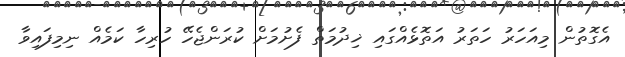
އެގޮތުން މިއަހަރު ހަތަރު އަތޮޅެއްގައި ޚިދުމަތް ފެށުމަށް ކުރަންޖެހޭ ހުރިހާ ކަމެއް ނިމިފައިވާ